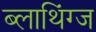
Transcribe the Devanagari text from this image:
ब्लाथिंग्ज